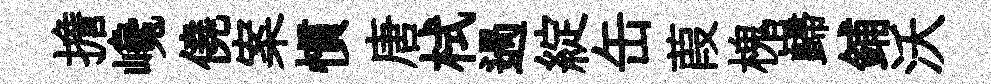
擔巉僥案慣唐栻過綻缶葭槐巋鋪沃